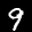
Label: 9